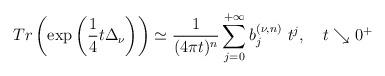
LaTeX: \begin{align*}Tr\left( \exp\left(\frac{1}{4}t\Delta _{\nu }\right)\right) \simeq \frac{1}{(4\pi t)^{n}}\sum\limits_{j=0}^{+\infty }b_{j}^{\left( \nu ,n\right) }\ t^{j},\text{ \ \ }t\searrow 0^{+} \end{align*}